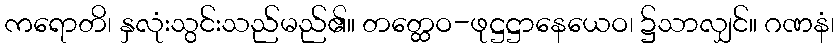
ကရောတိ၊ နှလုံးသွင်းသည်မည်၏။ တတ္ထေဝ-ဖုဋ္ဌဋ္ဌာနေယေဝ၊ ၌သာလျှင်။ ဂဏနံ၊